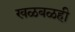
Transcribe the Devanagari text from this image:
खळबळही